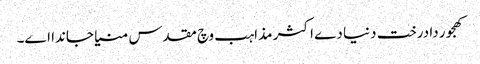
کھجور دا درخت دنیا دے اکثر مذاہب وچ مقدس منیا جاندا ا‏‏ے۔